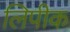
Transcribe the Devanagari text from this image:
लिपीक